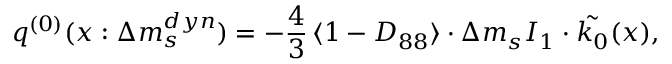
q ^ { ( 0 ) } ( x : \Delta m _ { s } ^ { d y n } ) = - \frac { 4 } { 3 } \, \langle 1 - D _ { 8 8 } \rangle \cdot \Delta m _ { s } I _ { 1 } \cdot \tilde { k _ { 0 } } ( x ) ,